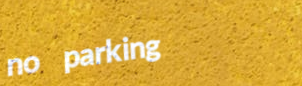
no parking